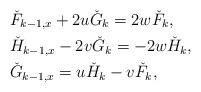
LaTeX: \begin{align*} &\check{F}_{k-1,x}+2u\check{G}_{k}=2w\check{F}_{k},\\ &\check{H}_{k-1,x}-2v\check{G}_{k}=-2w\check{H}_{k},\\ &\check{G}_{k-1,x}=u\check{H}_{k}-v\check{F}_{k}, \end{align*}